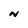
Character: N